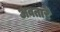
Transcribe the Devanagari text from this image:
अवतारें